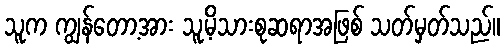
သူက ကျွန်တော့အား သူ့မိသားစုဆရာအဖြစ် သတ်မှတ်သည်။